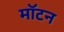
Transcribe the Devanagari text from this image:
मॉटन